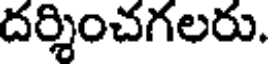
దర్శించగలరు.